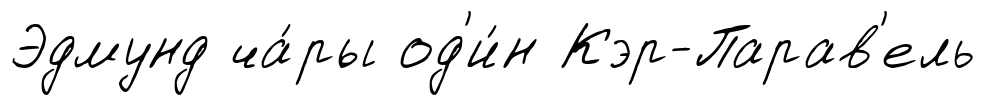
Эдмунд ча́ры од'и́н Кэр-Парав'ель